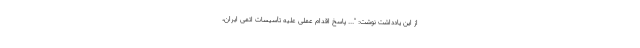
از این یادداشت نوشت: "... پاسخ اقدام عملی علیه تأسیسات اتمی ایران،